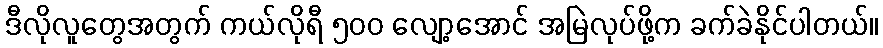
ဒီလိုလူတွေအတွက် ကယ်လိုရီ ၅၀၀ လျော့အောင် အမြဲလုပ်ဖို့က ခက်ခဲနိုင်ပါတယ်။